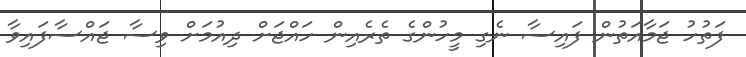
ފަތުހު ޖަމާއަތުން ފައިސާ ނެގި މީހުންގެ ތެރެއިން ހައްޖަށް ދިއުމަށް ވިސާ ޖައްސާފައިވާ